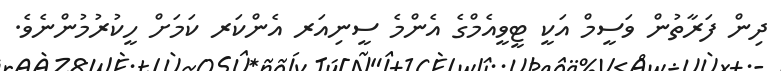
ދިން ފަރާތުން ވަސީމް އަކީ ޓީވީއެމްގެ އެންމެ ސީނިއަރ އެންކަރ ކަމަށް ހީކުރުމުންނެވެ.